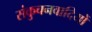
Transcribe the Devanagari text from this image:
संकुचनवादियों